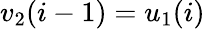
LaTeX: v_{2}(i-1)=u_{1}(i)